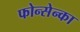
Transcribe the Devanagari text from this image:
फोन्सेन्का